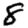
Digit: 8